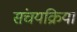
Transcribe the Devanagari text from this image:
संचयक्रिया